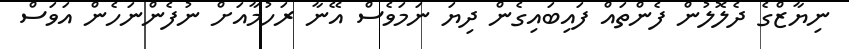
ނިޔާޒްގެ ދެލޮލުން ފެންތައް ފައިބައިގެން ދިޔަ ނަމަވެސް އޭނާ ރަހުމާއަށް ނުފެންނަހެން އަވަސް